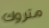
متروك